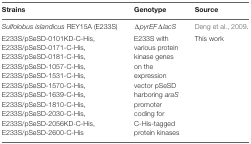
| Strains | Genotype | Source |
 | --- | --- | --- |
 | Sulfolobus islandicus REY15A (E233S) | ΔpyrEFΔlacS | Deng et al., 2009. |
 | E233S/pSeSD-0101KD-C-His,E233S/pSeSD-0171-C-His,E233S/pSeSD-0181-C-His,E233S/pSeSD-1057-C-His,E233S/pSeSD-1531-C-His,E233S/pSeSD-1570-C-His,E233S/pSeSD-1639-C-His,E233S/pSeSD-1810-C-His,E233S/pSeSD-2030-C-His,E233S/pSeSD-2056KD-C-His,E233S/pSeSD-2600-C-His | E233S with various protein kinase genes on the expression vector pSeSD harboring araS promoter coding for C-His-tagged protein kinases | This work |